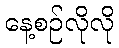
နေ့စဉ်လိုလို